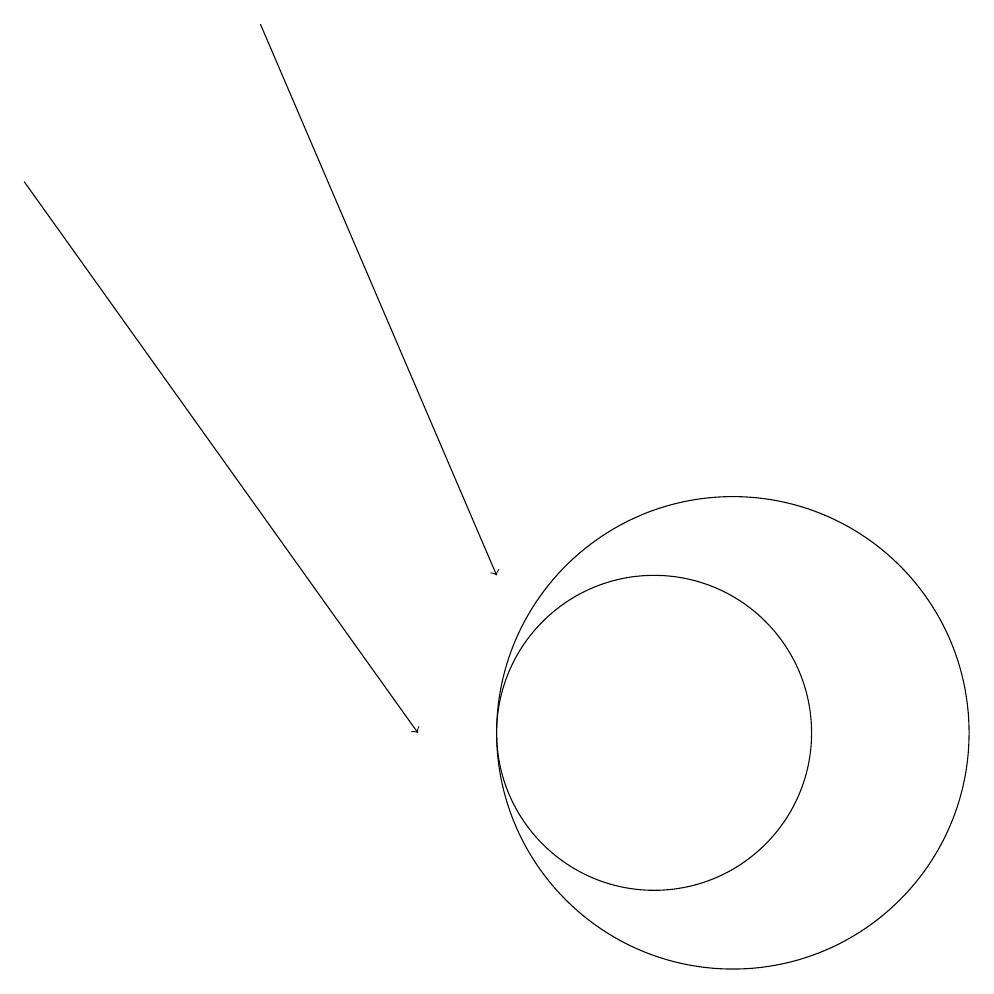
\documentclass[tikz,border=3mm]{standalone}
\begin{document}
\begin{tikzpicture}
\draw (10,10) circle (2);
\draw[->] (2,17) -- (7,10);
\draw (11,10) circle (3);
\draw[->] (5,19) -- (8,12);
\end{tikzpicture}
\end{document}